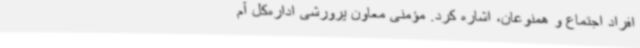
افراد اجتماع و همنوعان، اشاره کرد. مؤمنی معاون پرورشی اداره‌کل آم